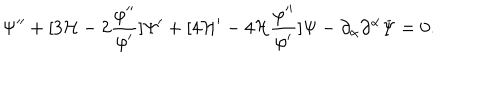
LaTeX: \Psi ^ { \prime \prime } + [ 3 { \cal H } - 2 \frac { \varphi ^ { \prime \prime } } { \varphi ^ { \prime } } ] \Psi ^ { \prime } + [ 4 { \cal H } ^ { \prime } - 4 { \cal H } \frac { \varphi ^ { \prime \prime } } { \varphi ^ { \prime } } ] \Psi - \partial _ { \alpha } \partial ^ { \alpha } \Psi = 0 .